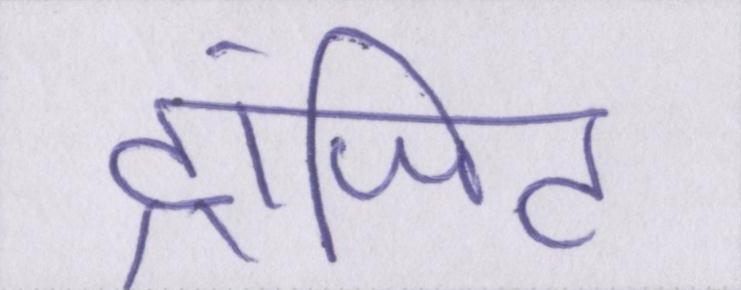
ट्रांजिट